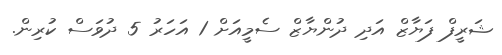
ޝަރީފް ފަޔާޒް އަދި ދުންޔާޒް ސެމީއަށް 1 އަހަރު 5 ދުވަސް ކުރިން.